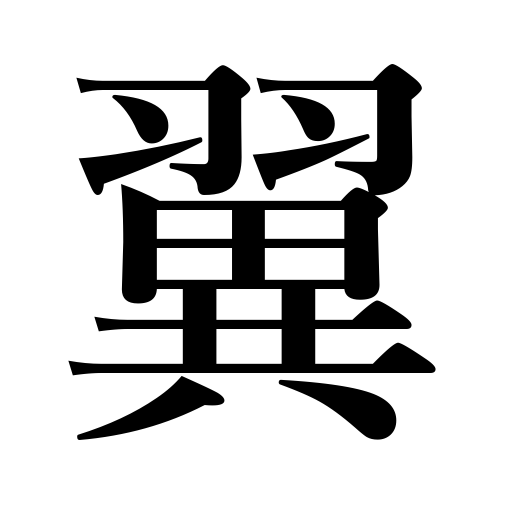
Meanings: wing,flank,wings,plane